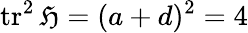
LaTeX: \operatorname{tr}^{2}{\mathfrak{H}}=(a+d)^{2}=4